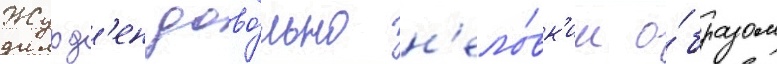
Журд'ен дово́льно н'ело́вк'им о́бразом